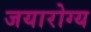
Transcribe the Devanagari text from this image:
जयारोग्य